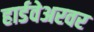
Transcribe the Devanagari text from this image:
हार्डवेअरवर